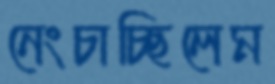
নেংচাচ্ছিলেম